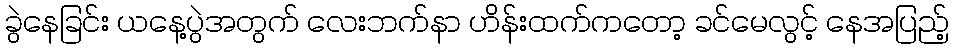
ခွဲနေခြင်း ယနေ့ပွဲအတွက် လေးဘက်နာ ဟိန်းထက်ကတော့ ခင်မေလွင့် နေအပြည့်